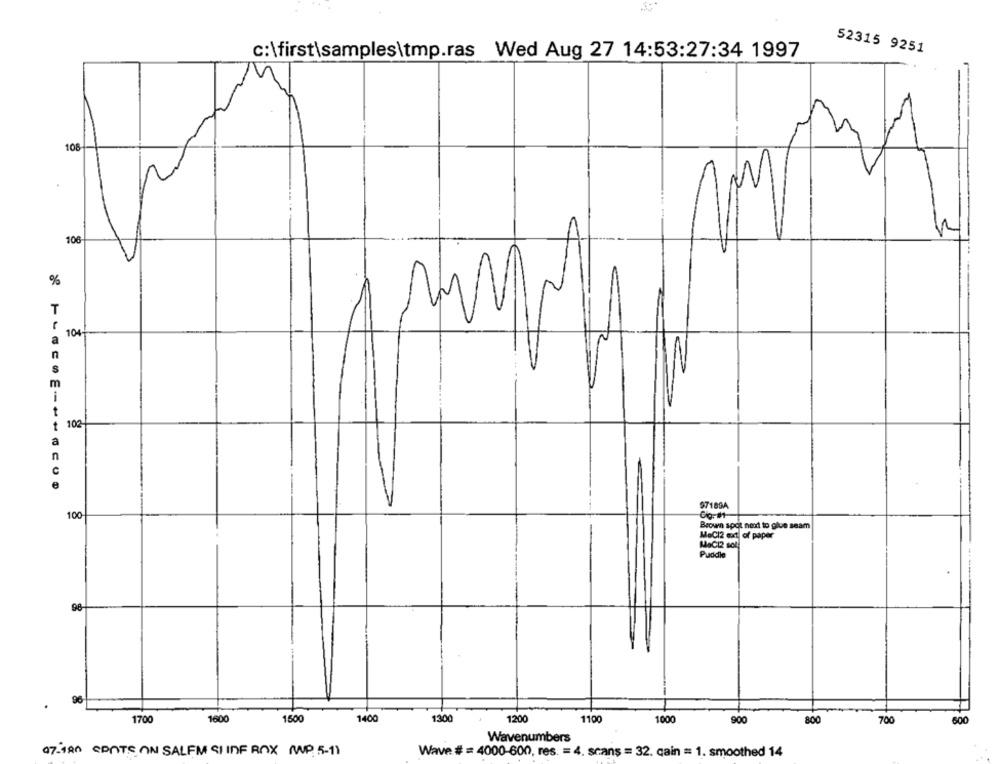
c:\first\samples\tmp.ras Wed Aug 27 14:53:27:34 1997
52315 9251
108
106
%
T
104+
n
m
t
t 102-
a
n
971894
100
Brown spot next to give seam
MaCl2 ext of paper
MaCI2 sol
Puddle
96
96
1700
1600
1500
1400
1300
1200
1100
900
1000
800
700
600
Wavenumbers
07:480 SPOTS ON SALEM SI INF BOX (MP 5-1)
Wave # = 4000-600, res. = 4. scans = 32. cain = 1. smoothed 14